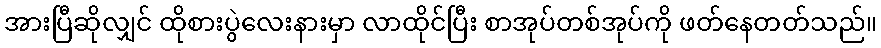
အားပြီဆိုလျှင် ထိုစားပွဲလေးနားမှာ လာထိုင်ပြီး စာအုပ်တစ်အုပ်ကို ဖတ်နေတတ်သည်။